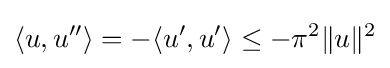
\langle u,u''\rangle =-\langle u',u'\rangle \leq -\pi ^{2}\|u\|^{2}